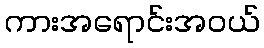
ကားအရောင်းအဝယ်